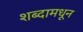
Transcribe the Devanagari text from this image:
शब्दामधून